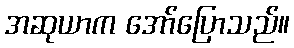
အဆုယာက အော်ပြောသည်။